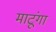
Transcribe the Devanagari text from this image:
माटूंगा